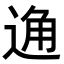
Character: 𨓨